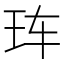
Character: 𰡰